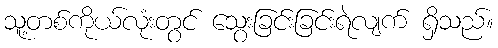
သူ့တစ်ကိုယ်လုံးတွင် သွေးခြင်းခြင်းရဲလျက် ရှိသည်။